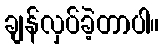
ချန်လှပ်ခဲ့တာပါ။